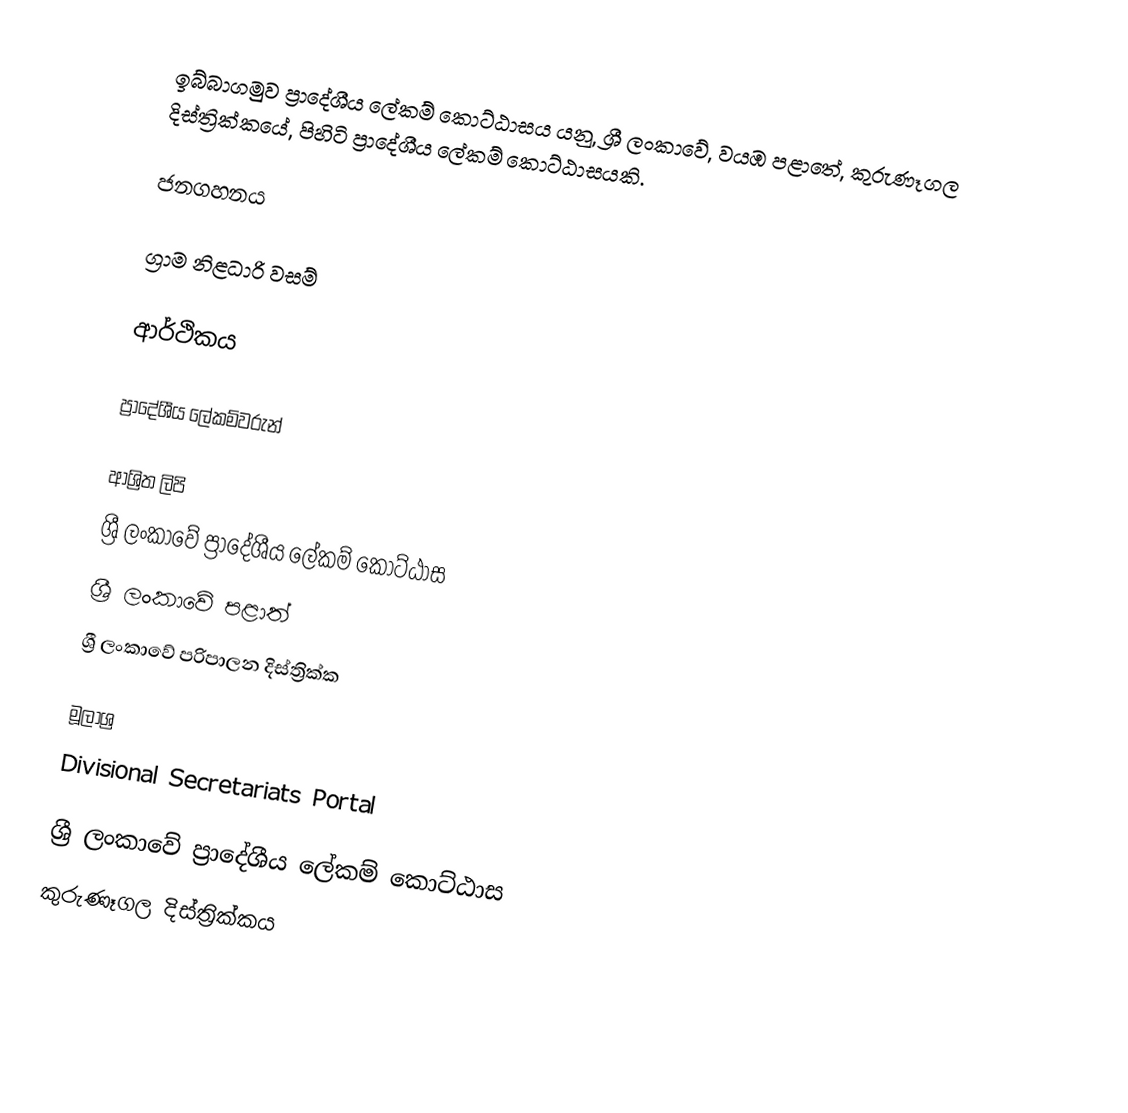
ඉබ්බාගමුව ප්‍රාදේශීය ලේකම් කොට්ඨාසය යනු,  ශ්‍රී ලංකාවේ, වයඹ පළාතේ,   කුරුණෑගල දිස්ත්‍රික්කයේ, පිහිටි ප්‍රාදේශීය ලේකම් කොට්ඨාසයකි.

ජනගහනය

ග්‍රාම නිළධාරි වසම්

ආර්ථිකය

ප්‍රාදේශීය ලේකම්වරුන්

ආශ්‍රිත ලිපි
ශ්‍රී ලංකාවේ ප්‍රාදේශීය ලේකම් කොට්ඨාස
ශ්‍රී ලංකාවේ පළාත්
ශ්‍රී ලංකාවේ පරිපාලන දිස්ත්‍රික්ක

මූලාශ්‍ර
 Divisional Secretariats Portal

ශ්‍රී ලංකාවේ ප්‍රාදේශීය ලේකම් කොට්ඨාස
කුරුණෑගල දිස්ත්‍රික්කය